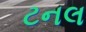
ટનલ